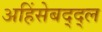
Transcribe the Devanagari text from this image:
अहिंसेबद्द्ल